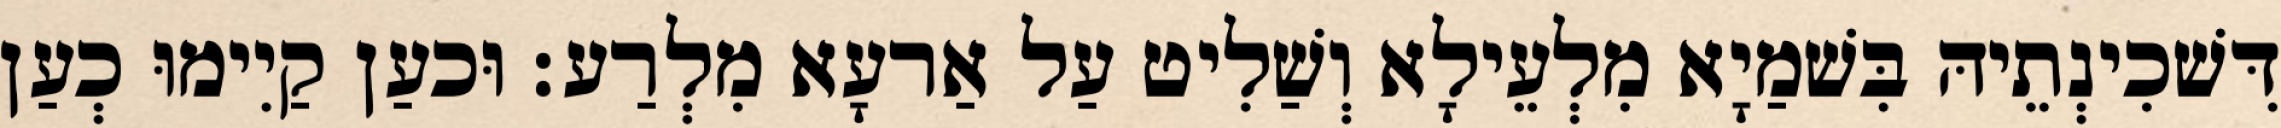
דִּשׁכִינְתֵיהּ בִּשׁמַיָא מִלְעֵילָא וְשַׁלִיט עַל אַרעָא מִלְרַע׃ וּכעַן קַיִימוּ כְעַן